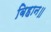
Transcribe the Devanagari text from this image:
बिहान॥